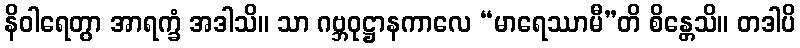
နိဝါရေတွာ အာရက္ခံ အဒါသိ။ သာ ဂဗ္ဘဝုဋ္ဌာနကာလေ “မာရေဿာမီ”တိ စိန္တေသိ။ တဒါပိ